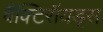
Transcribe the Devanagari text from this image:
बैक्टिरॉयड्स